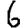
Digit: 6